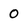
Character: 0